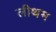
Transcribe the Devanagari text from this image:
लीथम